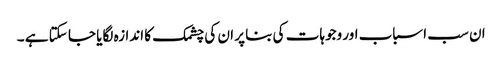
ان سب اسباب اور وجوہات کی بنا پر ان کی چشمک کا اندازہ لگایا جا سکتا ہے ۔